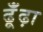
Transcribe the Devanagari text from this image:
ढूँंढ़ा